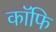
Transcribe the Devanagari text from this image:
कॉफि